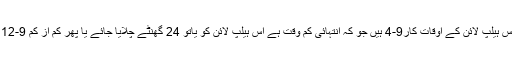
ہسپتال ، تھانے اور تمام ایمرجنسی اداروں کی سروس24 گھنٹے ہوتی ہے لیکن اس ہیلپ لائن کے اوقات کار9-4 ہیں جو کہ انتہائی کم وقت ہے اس ہیلپ لائن کو یاتو 24 گھنٹے چلایا جائے یا پھر کم از کم 9-12 تک کالیں لینے کا وقت رکھا جائے کیونکہ پریشان افراد تو رات میں جاگتے ہیں۔